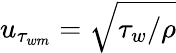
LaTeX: u_{\tau_{wm}}=\sqrt{\tau_{w}/\rho}